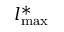
l _ { \mathrm { m a x } } ^ { \ast }